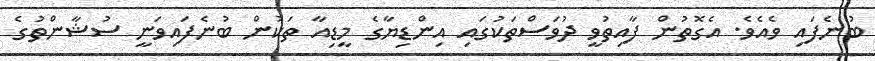
ބުނެފައި ވެއެވެ. އެގޮތުން ފާއިތުވީ ދުވަސްތަކުގައި އިންޑިޔާގެ މީޑިއާ ތަކުން ބުނެފައިވަނީ ސުޝާންތުގެ